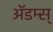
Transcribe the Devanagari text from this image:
ॲडम्स्